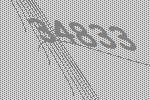
34833